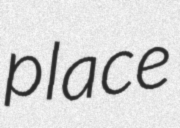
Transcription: place